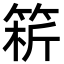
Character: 𥮥